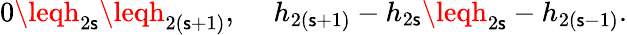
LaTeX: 0\leqh_{2\mathsf{s}}\leqh_{2(\mathsf{s}+1)},~~~~~h_{2(\mathsf{s}+1)}-h_{2\mathsf{s}}\leqh_{2\mathsf{s}}-h_{2(\mathsf{s}-1)}.